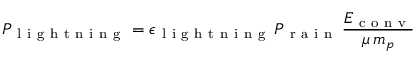
P _ { \mathrm { ~ l ~ i ~ g ~ h ~ t ~ n ~ i ~ n ~ g ~ } } = \epsilon _ { \mathrm { ~ l ~ i ~ g ~ h ~ t ~ n ~ i ~ n ~ g ~ } } \, P _ { \mathrm { ~ r ~ a ~ i ~ n ~ } } \, \frac { E _ { \mathrm { ~ c ~ o ~ n ~ v ~ } } } { \mu \, m _ { p } }